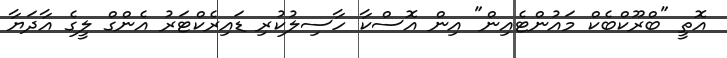
އޮތީ "ބްރޫކްބެކް މައުންޓެއިން" އިން އޮސްކާ ހާސިލުކުރި ޑައިރެކްޓަރު އެންގް ލީގެ އާދަޔާ